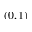
( 0 , 1 )